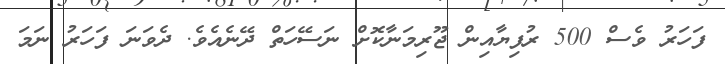
ފަހަރު ވެސް 500 ރުފިޔާއިން ޖޫރިމަނާކޮށް ނަސޭހަތް ދޭނެއެވެ. ދެވަނަ ފަހަރު ނަމަ